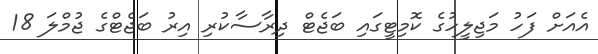
އެއަށް ފަހު މަޖިލީހުގެ ކޮމިޓީގައި ބަޖެޓް ދިރާސާކުރި އިރު ބަޖެޓްގެ ޖުމްލަ 18